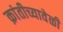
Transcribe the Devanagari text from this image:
क्रांतीच्यावेळी